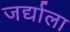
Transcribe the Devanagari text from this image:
जर्द्याला